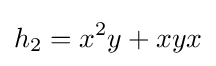
h_{2}=x^{2}y+xyx